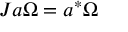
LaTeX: J a \Omega = a ^ { * } \Omega